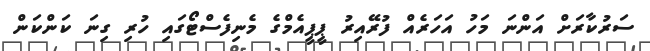
ސަރުކާރަށް އަންނަ މަހު އަހަރެއް ފުރޭއިރު ޕީޕީއެމްގެ މެނިފެސްޓޯގައި ހުރި ގިނަ ކަންކަން